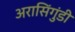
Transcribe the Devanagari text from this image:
अरासिंगुंडी